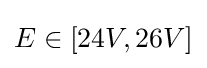
E\in [24V,26V]